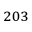
^ { 2 0 3 }